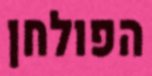
הפולחן